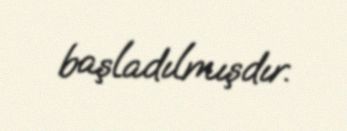
başladılmışdır.